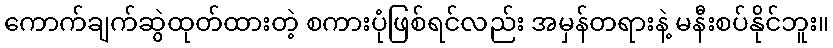
ကောက်ချက်ဆွဲထုတ်ထားတဲ့ စကားပုံဖြစ်ရင်လည်း အမှန်တရားနဲ့ မနီးစပ်နိုင်ဘူး။